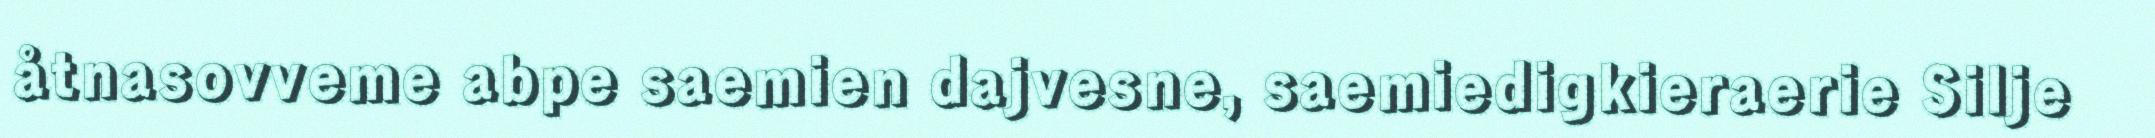
åtnasovveme abpe saemien dajvesne, saemiedigkieraerie Silje